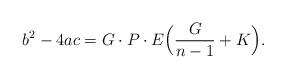
LaTeX: \begin{align*} b^2-4ac=G\cdot P\cdot E\Big(\frac{G}{n-1}+K\Big).\end{align*}